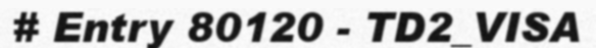
# Entry 80120 - TD2_VISA